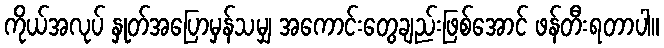
ကိုယ်အလုပ် နှုတ်အပြောမှန်သမျှ အကောင်းတွေချည်းဖြစ်အောင် ဖန်တီးရတာပါ။